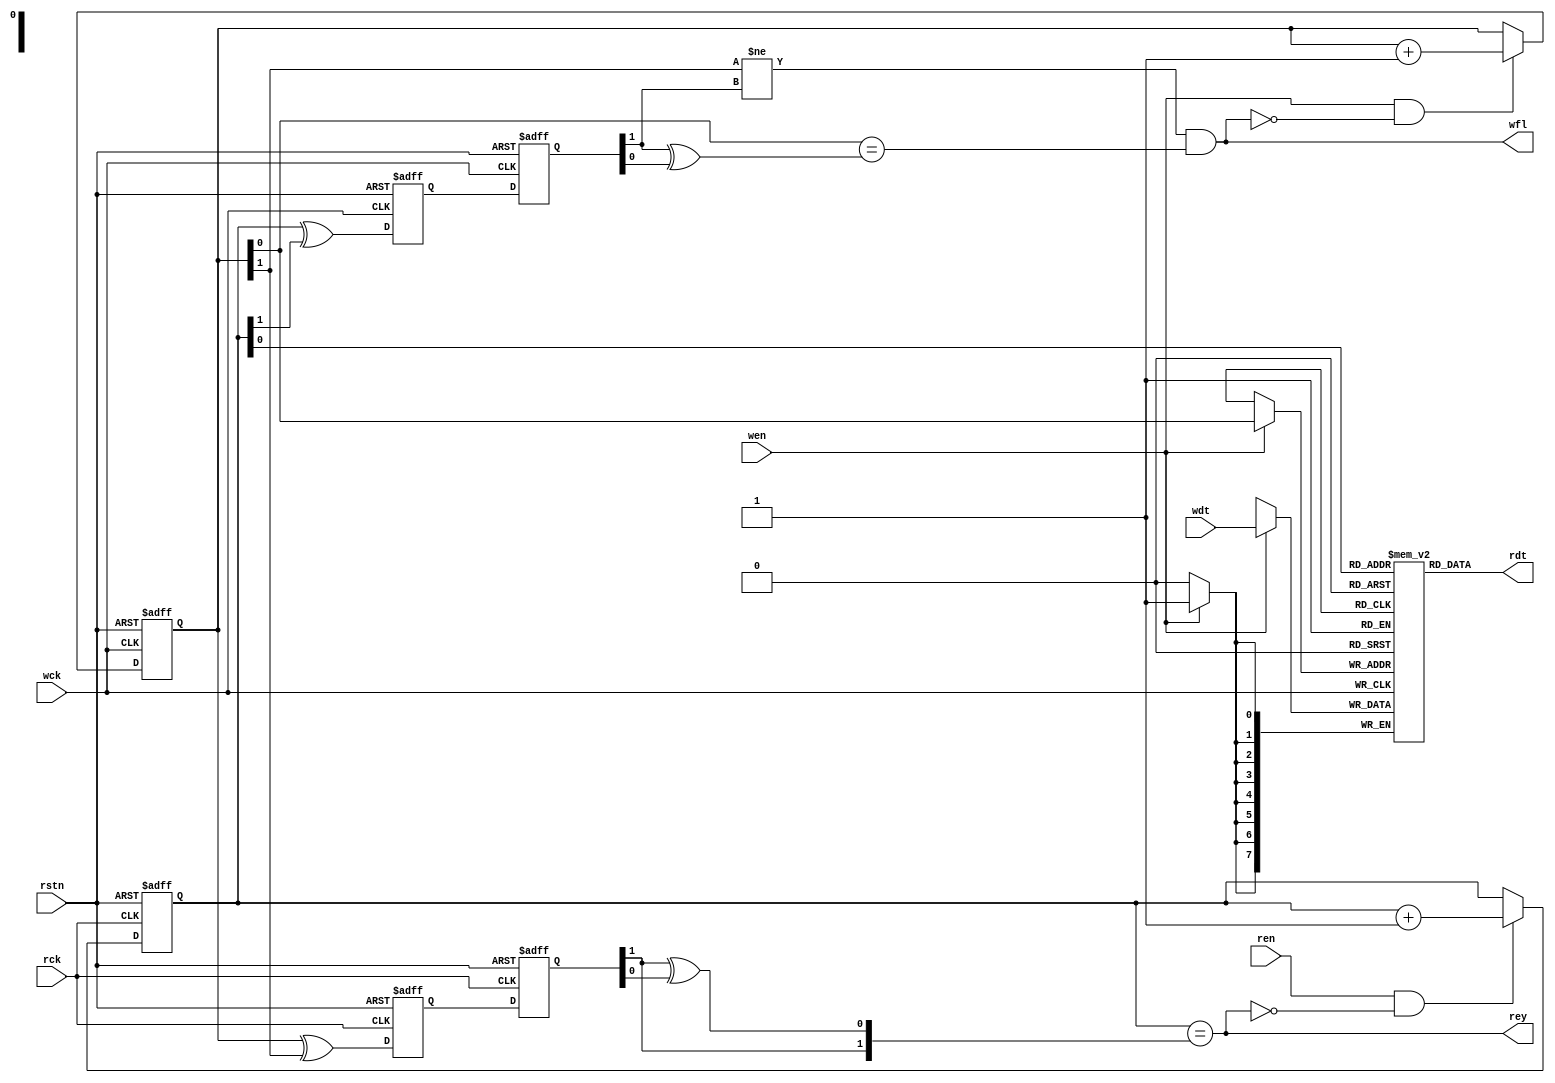
// MIT License
// -----------
// 
// Copyright (c) 2023 Watson Huang (watson.edx@gmail.com)
// Permission is hereby granted, free of charge, to any person
// obtaining a copy of this software and associated documentation
// files (the "Software"), to deal in the Software without
// restriction, including without limitation the rights to use,
// copy, modify, merge, publish, distribute, sublicense, and/or sell
// copies of the Software, and to permit persons to whom the
// Software is furnished to do so, subject to the following
// conditions:
// 
// The above copyright notice and this permission notice shall be
// included in all copies or substantial portions of the Software.
// 
// THE SOFTWARE IS PROVIDED "AS IS", WITHOUT WARRANTY OF ANY KIND,
// EXPRESS OR IMPLIED, INCLUDING BUT NOT LIMITED TO THE WARRANTIES
// OF MERCHANTABILITY, FITNESS FOR A PARTICULAR PURPOSE AND
// NONINFRINGEMENT. IN NO EVENT SHALL THE AUTHORS OR COPYRIGHT
// HOLDERS BE LIABLE FOR ANY CLAIM, DAMAGES OR OTHER LIABILITY,
// WHETHER IN AN ACTION OF CONTRACT, TORT OR OTHERWISE, ARISING
// FROM, OUT OF OR IN CONNECTION WITH THE SOFTWARE OR THE USE OR
// OTHER DEALINGS IN THE SOFTWARE.
// -----------
// SPDX-License-Identifier: MIT

module bspi_aff(

    input        wen,
    input  [7:0] wdt,
    output       wfl,

    input        ren,
    output [7:0] rdt,
    output       rey,

    input wck, 
    input rck,

    input rstn
);

//======

reg [7:0] mbf [0:1];

//===

reg  [1:0] wbc;
wire [1:0] wbn;
wire [1:0] wgc;

reg  [1:0] wrg [1:0];
wire [1:0] wrb;

//===

reg  [1:0] rbc;
wire [1:0] rbn;
wire [1:0] rgc;

reg  [1:0] rwg [1:0];
wire [1:0] rwb;

//======

assign wbn = wbc+1;
assign wgc = wbc^(wbc>>1);

assign wrb = {wrg[1][1], wrg[1][1]^wrg[1][0]};

assign wfl = (wbc[1]!=wrb[1])&(wbc[0]==wrb[0]);

always@(posedge wck) begin
    if(wen) mbf[wbc[0]] <= wdt;
end

always@(posedge wck or negedge rstn) begin
    if(!rstn) begin
        wbc <= 2'h0;
    end
    else begin
        wbc <= (wen&!wfl) ? wbn : wbc;
    end
end

always@(posedge wck or negedge rstn) begin
    if(!rstn) begin
        {wrg[1], wrg[0]} <= {2'h0, 2'h0};
    end
    else begin
        {wrg[1], wrg[0]} <= {wrg[0], rgc};
    end
end

//===

assign rbn = rbc+1;
assign rgc = rbc^(rbc>>1);

assign rwb = {rwg[1][1], rwg[1][1]^rwg[1][0]};

assign rey = (rbc==rwb);

assign rdt = mbf[rbc[0]];

always@(posedge rck or negedge rstn) begin
    if(!rstn) begin
        rbc <= 2'h0;
    end
    else begin
        rbc <= (ren&!rey) ? rbn : rbc;
    end
end

always@(posedge rck or negedge rstn) begin
    if(!rstn) begin
        {rwg[1], rwg[0]} <= {2'h0, 2'h0};
    end
    else begin
        {rwg[1], rwg[0]} <= {rwg[0], wgc};
    end
end

//======

endmodule